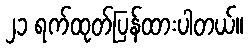
၂၁ ရက်ထုတ်ပြန်ထားပါတယ်။